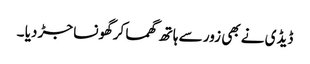
ڈیڈی نے بھی زور سے ہاتھ گھما کرگھونسا جڑ دیا ۔